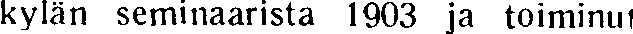
kylän seminaarista 1903 ja toiminut